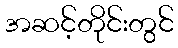
အဆင့်တိုင်းတွင်